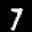
Label: 7